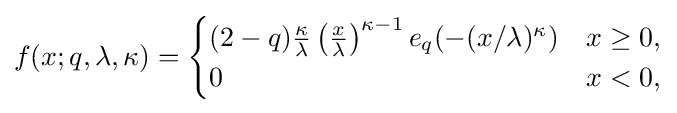
f(x;q,\lambda ,\kappa )={\begin{cases}(2-q){\frac {\kappa }{\lambda }}\left({\frac {x}{\lambda }}\right)^{\kappa -1}e_{q}(-(x/\lambda )^{\kappa })&x\geq 0,\\0&x<0,\end{cases}}